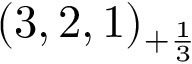
( 3 , 2 , 1 ) _ { + { \frac { 1 } { 3 } } }